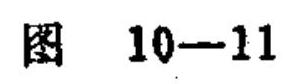
图\ 10—11